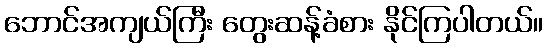
ဘောင်အကျယ်ကြီး တွေးဆန့်ခံစား နိုင်ကြပါတယ်။